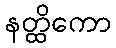
နတ္ထိကော